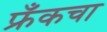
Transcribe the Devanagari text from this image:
फ्रँकचा